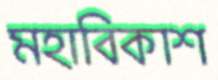
মহাবিকাশ